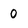
Character: 0